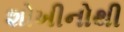
શોખીનોથી